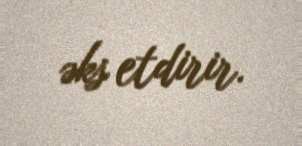
əks etdirir.